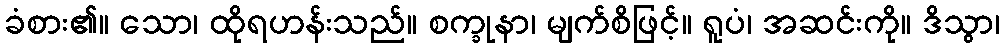
ခံစား၏။ သော၊ ထိုရဟန်းသည်။ စက္ခုနာ၊ မျက်စိဖြင့်။ ရူပံ၊ အဆင်းကို။ ဒိသွာ၊